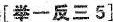
[举一反三]